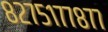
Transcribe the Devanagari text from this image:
८२७५१७७८७७